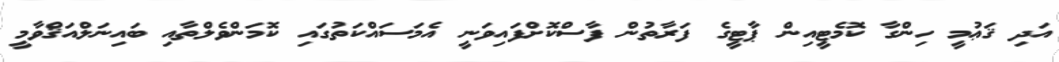
އަދި ޤަޢުމީ ހިންގާ ކޮމެޓީއިން ޕާޓީގެ ފަރާތުން ފާސްކޮށްފައިވަނީ އެމަސައްކަތުގައި ކޮމަންވެލްތާއި ބައިނަލްއަޤްވާމީ